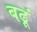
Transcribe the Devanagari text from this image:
बढ़ूं